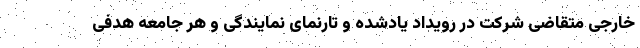
خارجی متقاضی شرکت در رویداد یادشده و تارنمای نمایندگی و هر جامعه هدفی